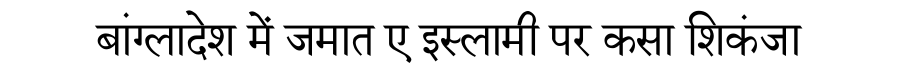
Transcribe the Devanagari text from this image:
बांग्लादेश में जमात ए इस्लामी पर कसा शिकंजा